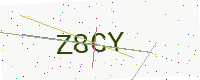
Text: Z8CY